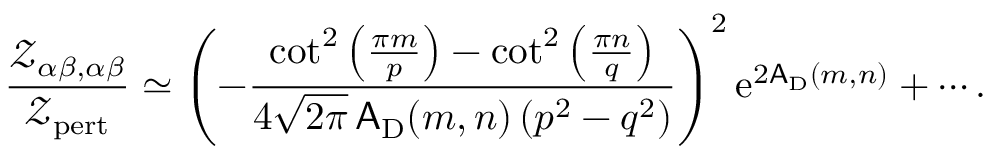
\frac { { \mathscr Z } _ { \alpha \beta , \alpha \beta } } { { \mathscr Z } _ { \mathrm { p e r t } } } \simeq \left( - \frac { \cot ^ { 2 } \left( \frac { \pi m } { p } \right) - \cot ^ { 2 } \left( \frac { \pi n } { q } \right) } { 4 \sqrt { 2 \pi } \, \mathsf { A } _ { \mathrm { D } } ( m , n ) \left( p ^ { 2 } - q ^ { 2 } \right) } \right) ^ { 2 } { \mathrm { e } } ^ { 2 \mathsf { A } _ { \mathrm { D } } ( m , n ) } + \cdots .